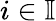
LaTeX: i\in\mathbb{I}